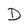
Character: D